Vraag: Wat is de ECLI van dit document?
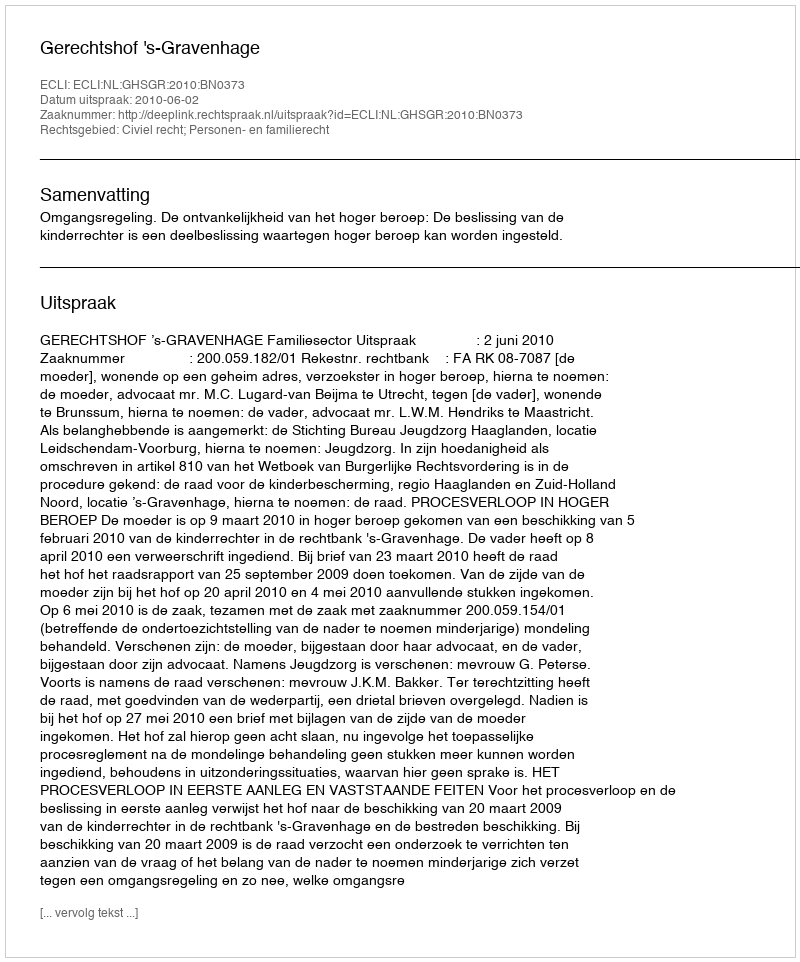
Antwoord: ECLI:NL:GHSGR:2010:BN0373